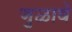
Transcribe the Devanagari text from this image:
जुळावे